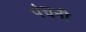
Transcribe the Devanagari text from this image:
पंचनी